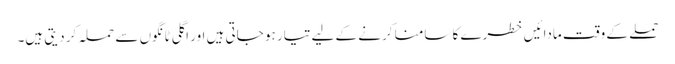
حملے کے وقت مادائیں خطرے کا سامنا کرنے کے لیے تیار ہو جاتی ہیں اور اگلی ٹانگوں سے حملہ کر دیتی ہیں۔